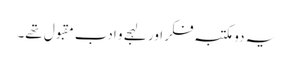
یہ دو مکتبہ فکر اور لہجے و ادب مقبول تھے۔